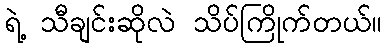
ရဲ့ သီချင်းဆိုလဲ သိပ်ကြိုက်တယ်။